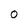
Character: O